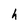
Character: h